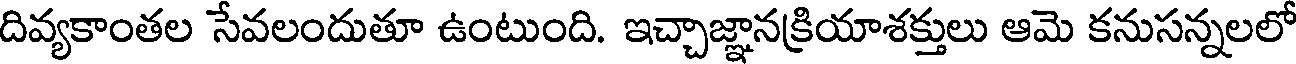
దివ్యకాంతల సేవలందుతూ ఉంటుంది. ఇచ్చాజ్ఞానక్రియాశక్తులు ఆమె కనుసన్నలలో